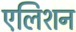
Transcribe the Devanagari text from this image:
एलिशन